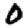
Digit: 0